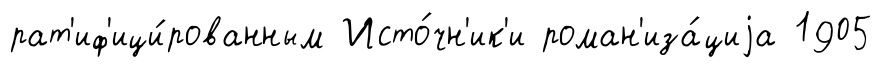
рат'иф'ици́рованным Исто́чн'ик'и роман'иза́циjа 1905